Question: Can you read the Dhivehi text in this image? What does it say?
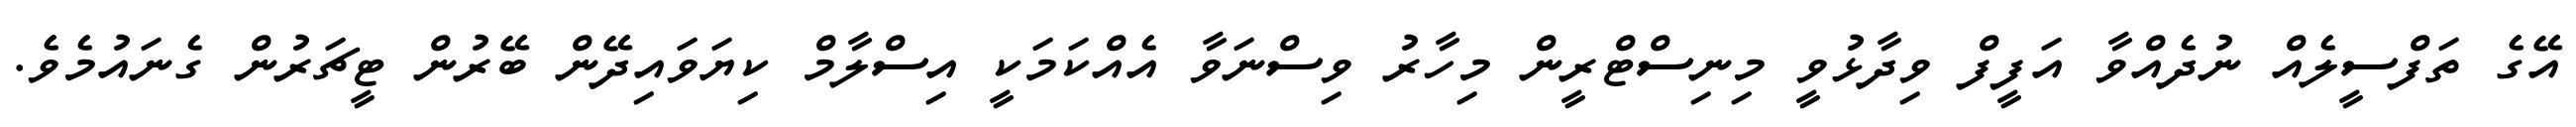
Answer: އޭގެ ތަފްސީލެއް ނުދެއްވާ އަފީފް ވިދާޅުވީ މިނިސްޓްރީން މިހާރު ވިސްނަވާ އެއްކަމަކީ އިސްލާމް ކިޔަވައިދޭން ބޭރުން ޓީޗަރުން ގެނައުމެވެ.